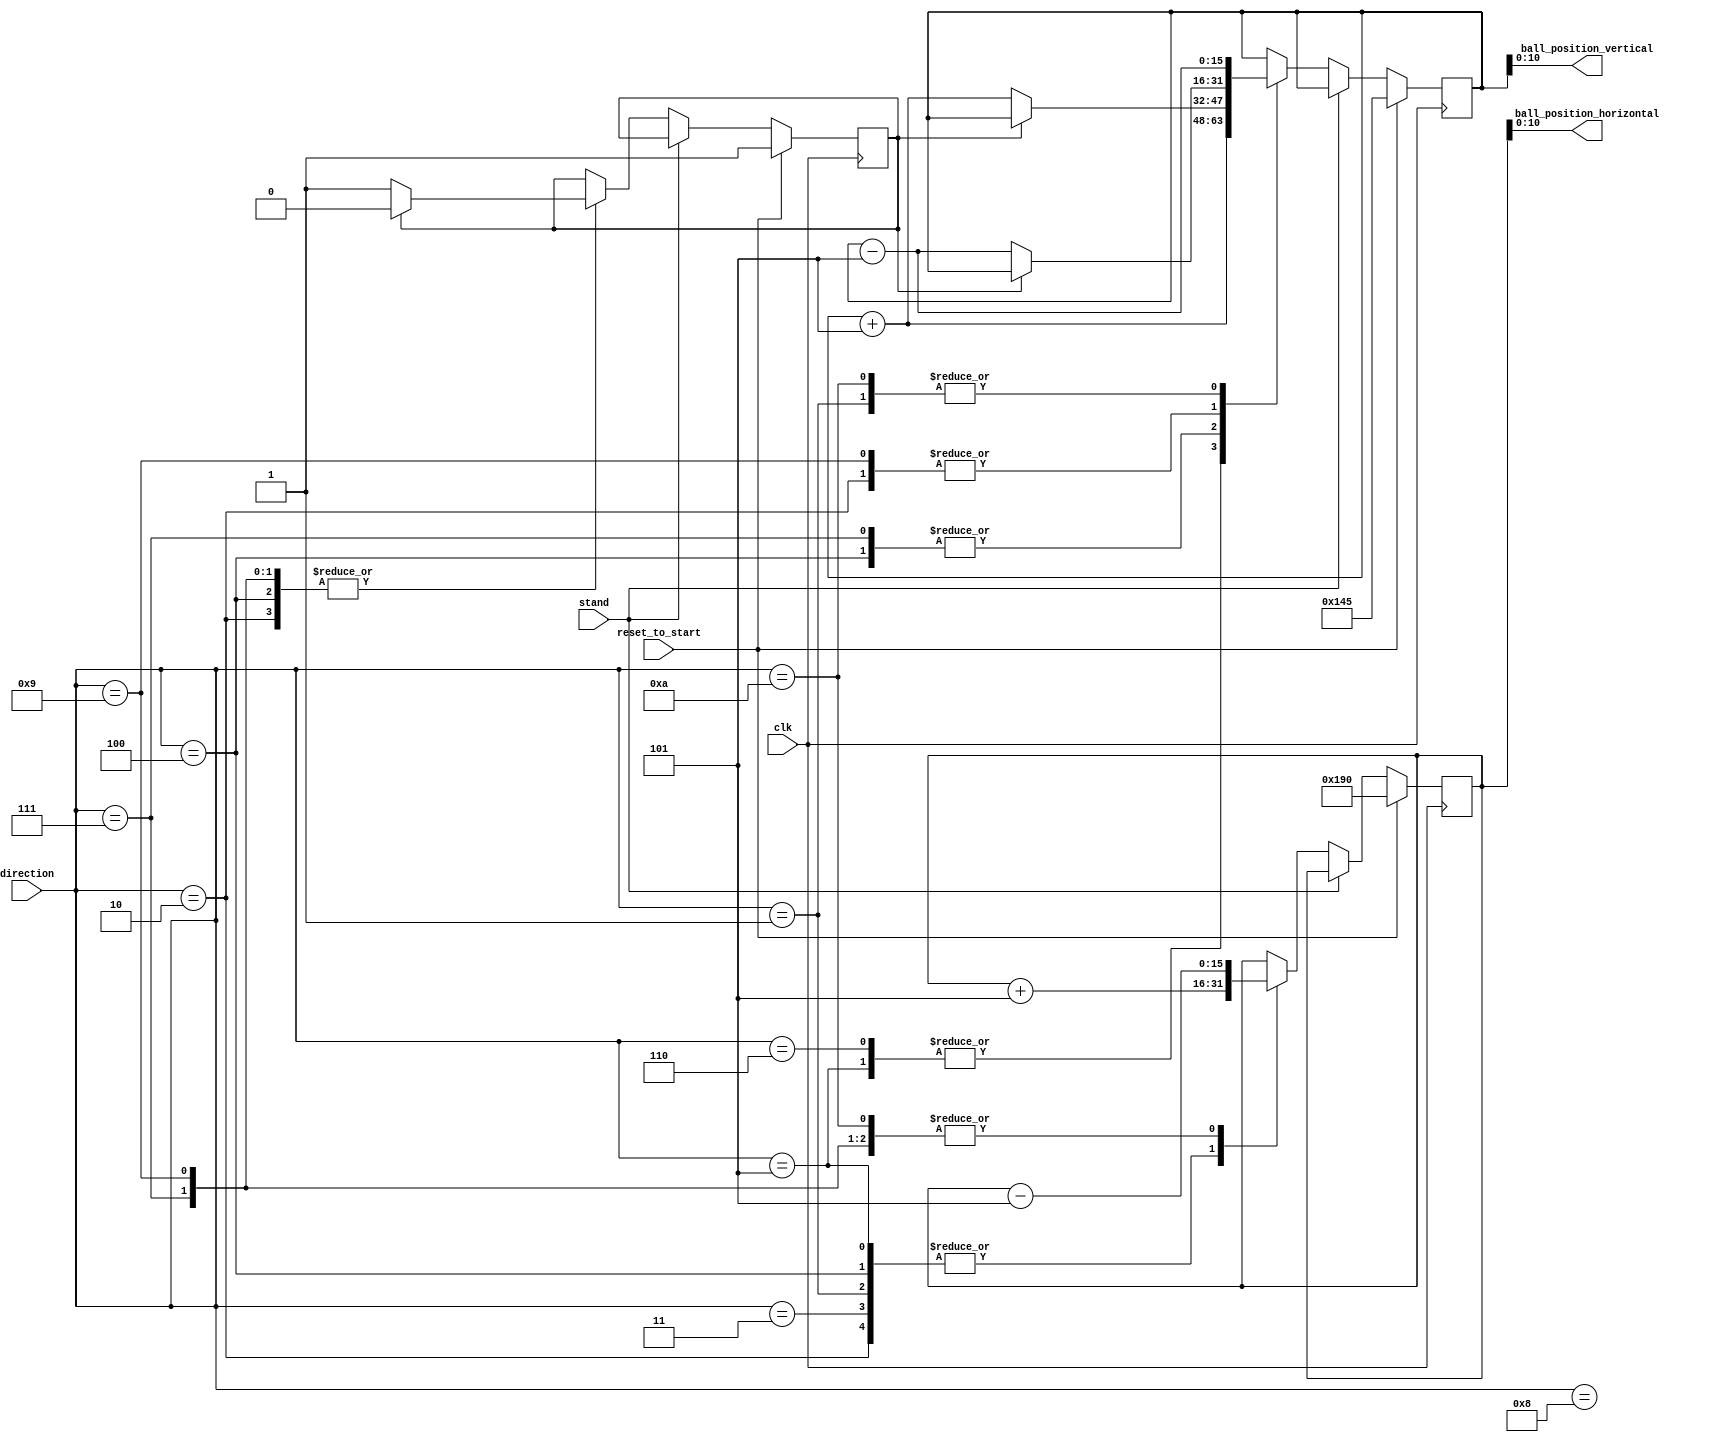
`timescale 1ns / 1ps

module Ball_Movement
    (
        input clk, 
        input reset_to_start,
        input [3:0] direction, 
        input stand,
        
        output [10:0] ball_position_horizontal,
        output [10:0] ball_position_vertical  
    
        
    );
    
    reg [15:0] reg_ball_position_horizontal; 
    reg [15:0] reg_ball_position_vertical; 
    reg toggle_direction; 
    
    always@(posedge clk)
        begin
        
            if(reset_to_start)
                begin
                     
                     reg_ball_position_horizontal <= 400; 
                     reg_ball_position_vertical <= 325;
                     toggle_direction <= 1; 
                                       
                    
                end
            
            else if(!stand)
                begin
                
                    case(direction) 
                    
                        1: begin      //Right, Up, 45 degr
                                
                                reg_ball_position_horizontal <= reg_ball_position_horizontal + 5;
                                reg_ball_position_vertical <= reg_ball_position_vertical - 5;  
                                
                           end
                        
                        2: begin     //Right, Up, 30 degr
                                
                                if(toggle_direction)
                                    
                                    begin
                                        reg_ball_position_horizontal <= reg_ball_position_horizontal + 5;
                                        reg_ball_position_vertical <= reg_ball_position_vertical;
                                        toggle_direction <= 0;                                             
                                    end        
                                else
                                    begin
                                        reg_ball_position_horizontal <= reg_ball_position_horizontal + 5;
                                        reg_ball_position_vertical <= reg_ball_position_vertical  - 5;        
                                        toggle_direction <= 1;                                                                                  
                                    end
                                               
                           end    
                        
                        3: begin    //Right, Front
                                
                                reg_ball_position_horizontal <= reg_ball_position_horizontal + 5;
                                reg_ball_position_vertical <= reg_ball_position_vertical;    
                           
                           end
                           
                        4: begin     //Right, Down, 30 degr
                                
                                if(toggle_direction)
                                    
                                    begin
                                        reg_ball_position_horizontal <= reg_ball_position_horizontal + 5;
                                        reg_ball_position_vertical <= reg_ball_position_vertical;
                                        toggle_direction <= 0;                                             
                                    end        
                                else
                                    begin
                                        reg_ball_position_horizontal <= reg_ball_position_horizontal + 5;
                                        reg_ball_position_vertical <= reg_ball_position_vertical  + 5;        
                                        toggle_direction <= 1;                                                                                  
                                    end
                                               
                           end    
                        
                        5: begin    //Right, Down, 45 degr
                        
                                reg_ball_position_horizontal <= reg_ball_position_horizontal + 5;
                                reg_ball_position_vertical <= reg_ball_position_vertical + 5;    
                           
                           end
                           
                        6: begin    //Left, Down, 45 degr
                        
                                reg_ball_position_horizontal <= reg_ball_position_horizontal - 5;
                                reg_ball_position_vertical <= reg_ball_position_vertical + 5;    
                           
                           end
                           
                        7: begin     //Left, Down, 30 degr
                                
                                if(toggle_direction)
                                    
                                    begin
                                        reg_ball_position_horizontal <= reg_ball_position_horizontal - 5;
                                        reg_ball_position_vertical <= reg_ball_position_vertical;
                                        toggle_direction <= 0;                                             
                                    end        
                                else
                                    begin
                                        reg_ball_position_horizontal <= reg_ball_position_horizontal - 5;
                                        reg_ball_position_vertical <= reg_ball_position_vertical  + 5;        
                                        toggle_direction <= 1;                                                                                  
                                    end
                                               
                           end    
                        
                        8: begin    //Left, Front
                        
                                reg_ball_position_horizontal <= reg_ball_position_horizontal - 5;
                                reg_ball_position_vertical <= reg_ball_position_vertical;        
                           
                           end
                           
                        9: begin     //Left, Up, 30 degr
                                
                                if(toggle_direction)
                                    
                                    begin
                                        reg_ball_position_horizontal <= reg_ball_position_horizontal - 5;
                                        reg_ball_position_vertical <= reg_ball_position_vertical;
                                        toggle_direction <= 0;                                             
                                    end        
                                else
                                    begin
                                        reg_ball_position_horizontal <= reg_ball_position_horizontal - 5;
                                        reg_ball_position_vertical <= reg_ball_position_vertical  - 5;        
                                        toggle_direction <= 1;                                                                                  
                                    end
                                               
                           end    
                           
                        10: begin   //Left, Up, 45 degr
                        
                                reg_ball_position_horizontal <= reg_ball_position_horizontal - 5;
                                reg_ball_position_vertical <= reg_ball_position_vertical -5;    
                            
                           end                     
                        default: 
                            begin
                                    reg_ball_position_horizontal <= reg_ball_position_horizontal;
                                    reg_ball_position_vertical <= reg_ball_position_vertical;
                            end
                              
                    endcase
                
                                    
                end
                
            else 
                begin 
                        reg_ball_position_horizontal <= reg_ball_position_horizontal;
                        reg_ball_position_vertical <= reg_ball_position_vertical;                   
                end            
        end

assign ball_position_horizontal = reg_ball_position_horizontal; 
assign ball_position_vertical = reg_ball_position_vertical; 
    
endmodule